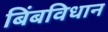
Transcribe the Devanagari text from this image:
बिंबविधान